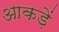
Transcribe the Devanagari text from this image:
आकड़ें